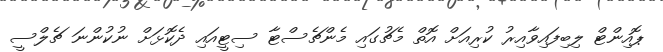
ޕޮއިންޓް ލިބިފައިވާއިރު ކުރިއަށް އޮތް މެޗުގައި މެންޗެސްޓާ ސިޓީއައި ދެކޮޅަށް ނުކުންނަ ޗެލްސީ